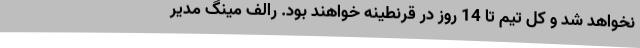
نخواهد شد و کل تیم تا 14 روز در قرنطینه خواهند بود. رالف مینگ مدیر